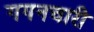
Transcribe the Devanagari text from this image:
गगनचारी